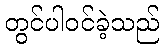
တွင်ပါဝင်ခဲ့သည်